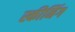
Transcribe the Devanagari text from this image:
स्कीनिंग